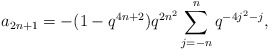
\begin{align*} a_{2n+1} = -(1-q^{4n+2})q^{2n^2}\sum_{j=-n}^{n}q^{-4j^2-j},\end{align*}